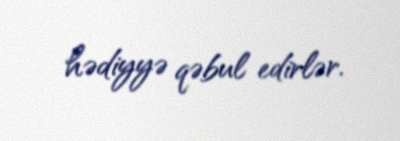
hədiyyə qəbul edirlər.